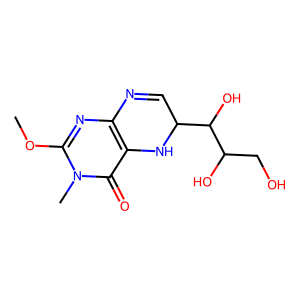
SMILES: COc1nc2c(c(=O)n1C)NC(C(O)C(O)CO)C=N2
Inhibits HIV replication: No